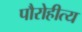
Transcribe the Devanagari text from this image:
पौरोहीत्य